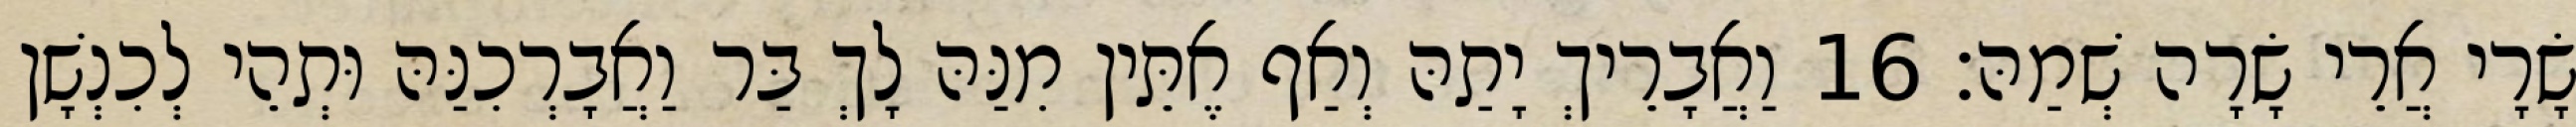
שָׂרָי אֲרֵי שָׂרָה שְׁמַהּ׃ 16 וַאֲבָרֵיךְ יָתַהּ וְאַף אֶתֵּין מִנַּהּ לָךְ בַּר וַאֲבָרְכִנַּהּ וּתְהֵי לְכִנְשָׁן